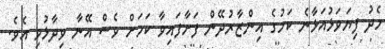
މެދު ފިޔަވަޅުއަޅާނެ ކަމުގެ އިންޒާރުދޭން ފަށާފައިވާ ކަމަށް ވެސް އޭނާ ވިދާޅުވި އެވެ.